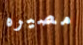
مصيره